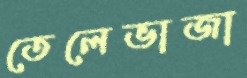
তেলেভাজা